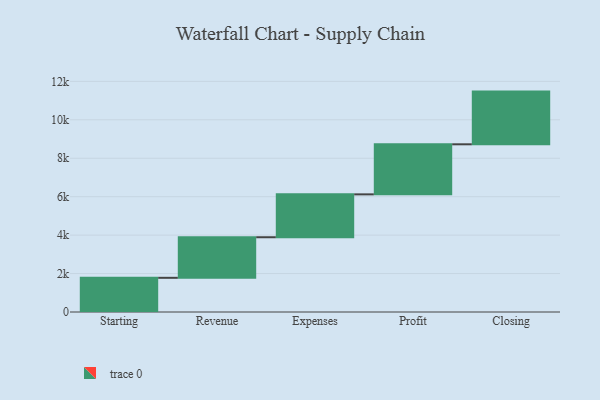
{"axis": {"x": "Step", "y": "Value"}, "legend": [""], "data": [{"x": "Starting", "y": 1779.0, "type": ""}, {"x": "Revenue", "y": 2111.0, "type": ""}, {"x": "Expenses", "y": 2231.0, "type": ""}, {"x": "Profit", "y": 2605.0, "type": ""}, {"x": "Closing", "y": 2742.0, "type": ""}]}